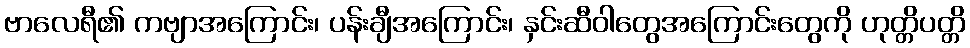
ဗာလေရီ၏ ကဗျာအကြောင်း၊ ပန်းချီအကြောင်း၊ နှင်းဆီဝါတွေအကြောင်းတွေကို ဟုတ္တိပတ္တိ